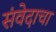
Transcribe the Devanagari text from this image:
संवेदाचा